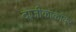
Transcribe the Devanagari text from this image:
दाजीकाकांवर